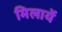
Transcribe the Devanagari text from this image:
मिलायें